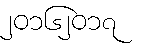
၂၀၁၆၂၀၁၇